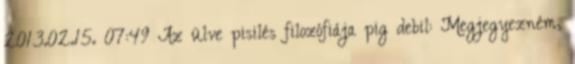
2013.02.15. 07:49 Az ülve pisilés filozófiája pig debil: Megjegyezném,